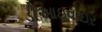
ડીઆઇવોઇર